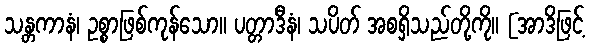
သန္တကာနံ၊ ဥစ္စာဖြစ်ကုန်သော။ ပတ္တာဒီနံ၊ သပိတ် အစရှိသည်တို့ကို။ [အာဒိဖြင့်